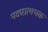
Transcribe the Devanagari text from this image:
पद्यात्मभक